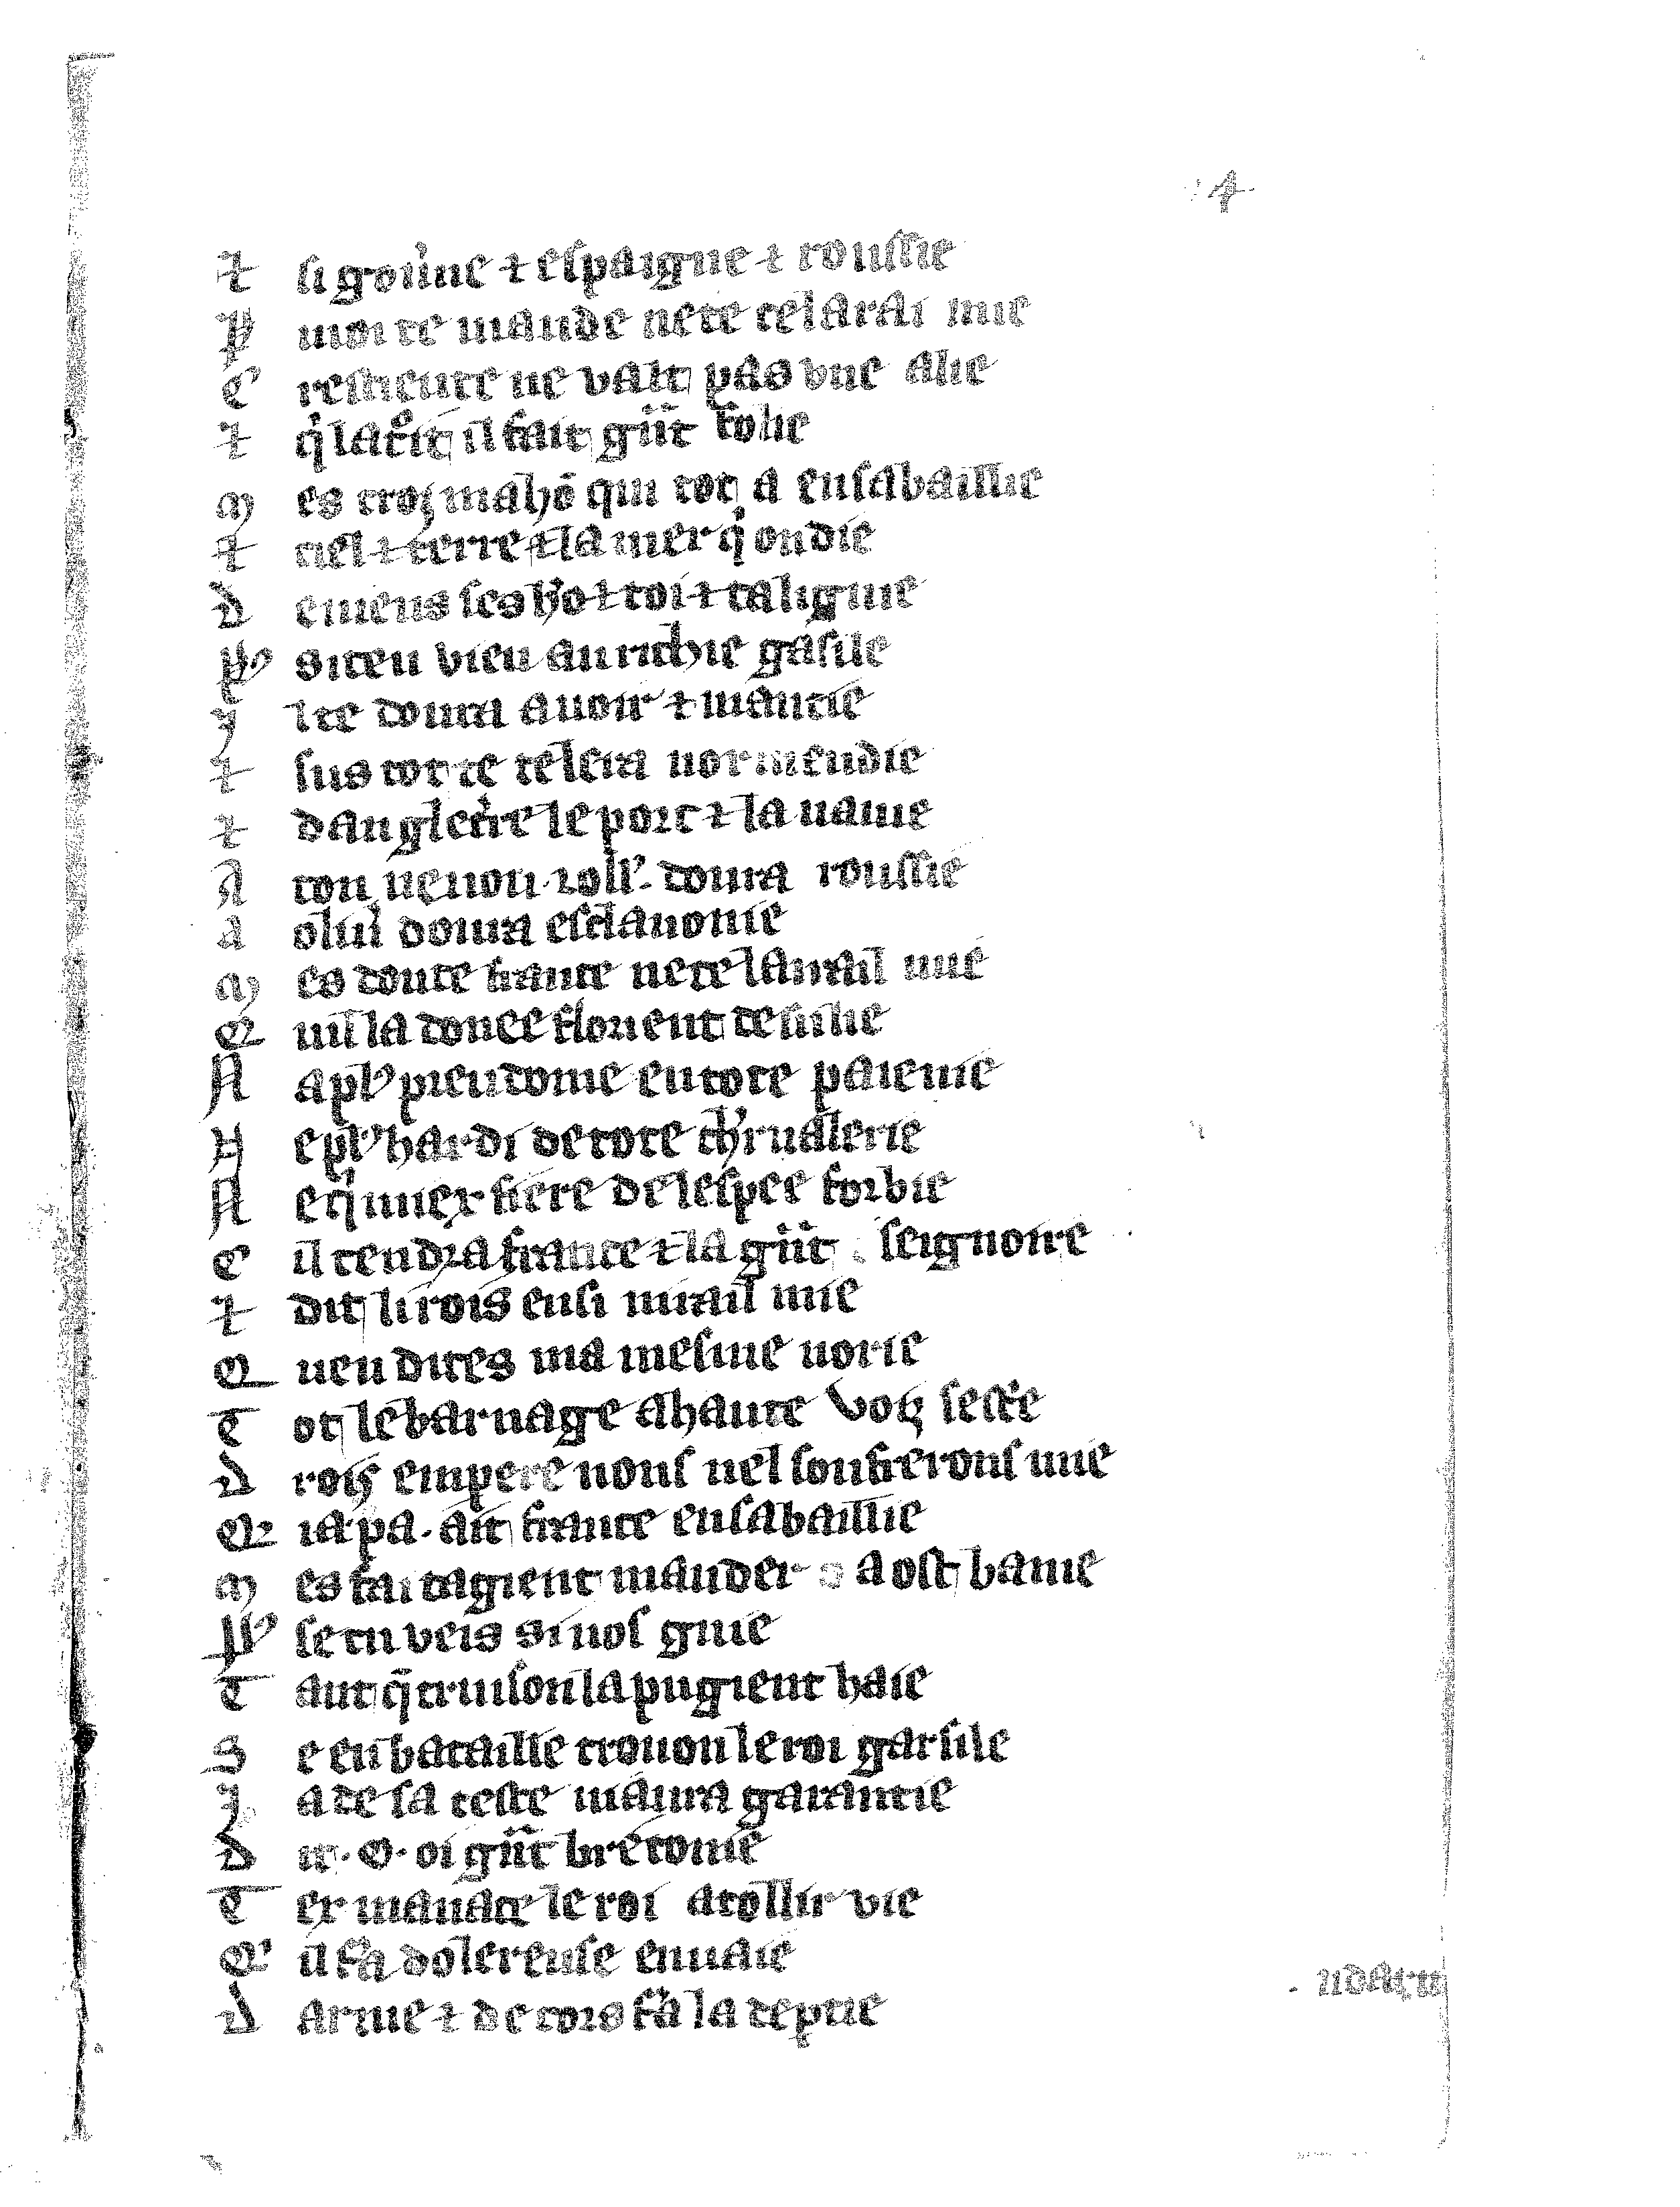
Shelfmark: Vatican, Biblioteca apostolica vaticana, Reg.lat. 1616
Century: 14